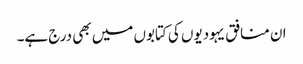
ان منافق یہودیوں کی کتابوں میں بھی درج ہے۔